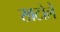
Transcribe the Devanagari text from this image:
खटोले